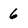
Character: 6